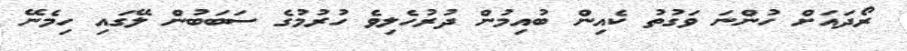
ރޯދައަށް ހުންނަ ވަގުތު ކެއިން ބުއިމުން ދުރުހެލިވެ ހުރުމުގެ ސަބަބުން ލޭގައި ހިމެނޭ